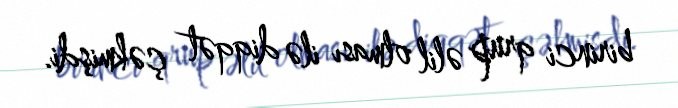
birinci qrup əlil olması ilə diqqət çəkmişdi.